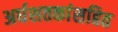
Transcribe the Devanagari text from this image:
अर्धशतकांसहित